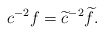
\begin{align*}c^{-2}f=\widetilde{c}^{-2}\widetilde{f}. \end{align*}